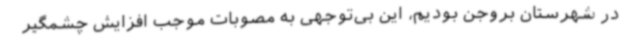
در شهرستان بروجن بودیم، این بی‌توجهی به مصوبات موجب افزایش چشمگیر